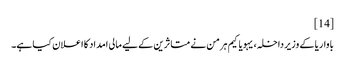
[14]
باواریا کے وزیر داخلہ، یہویاکیم ہرمن نے متاثرین کے لیے مالی امداد کا اعلان کیا ہے۔